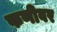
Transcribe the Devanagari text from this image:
फणीवर